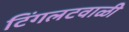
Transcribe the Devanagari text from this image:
टिंगलटवाळी